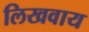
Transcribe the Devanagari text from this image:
लिखवाय